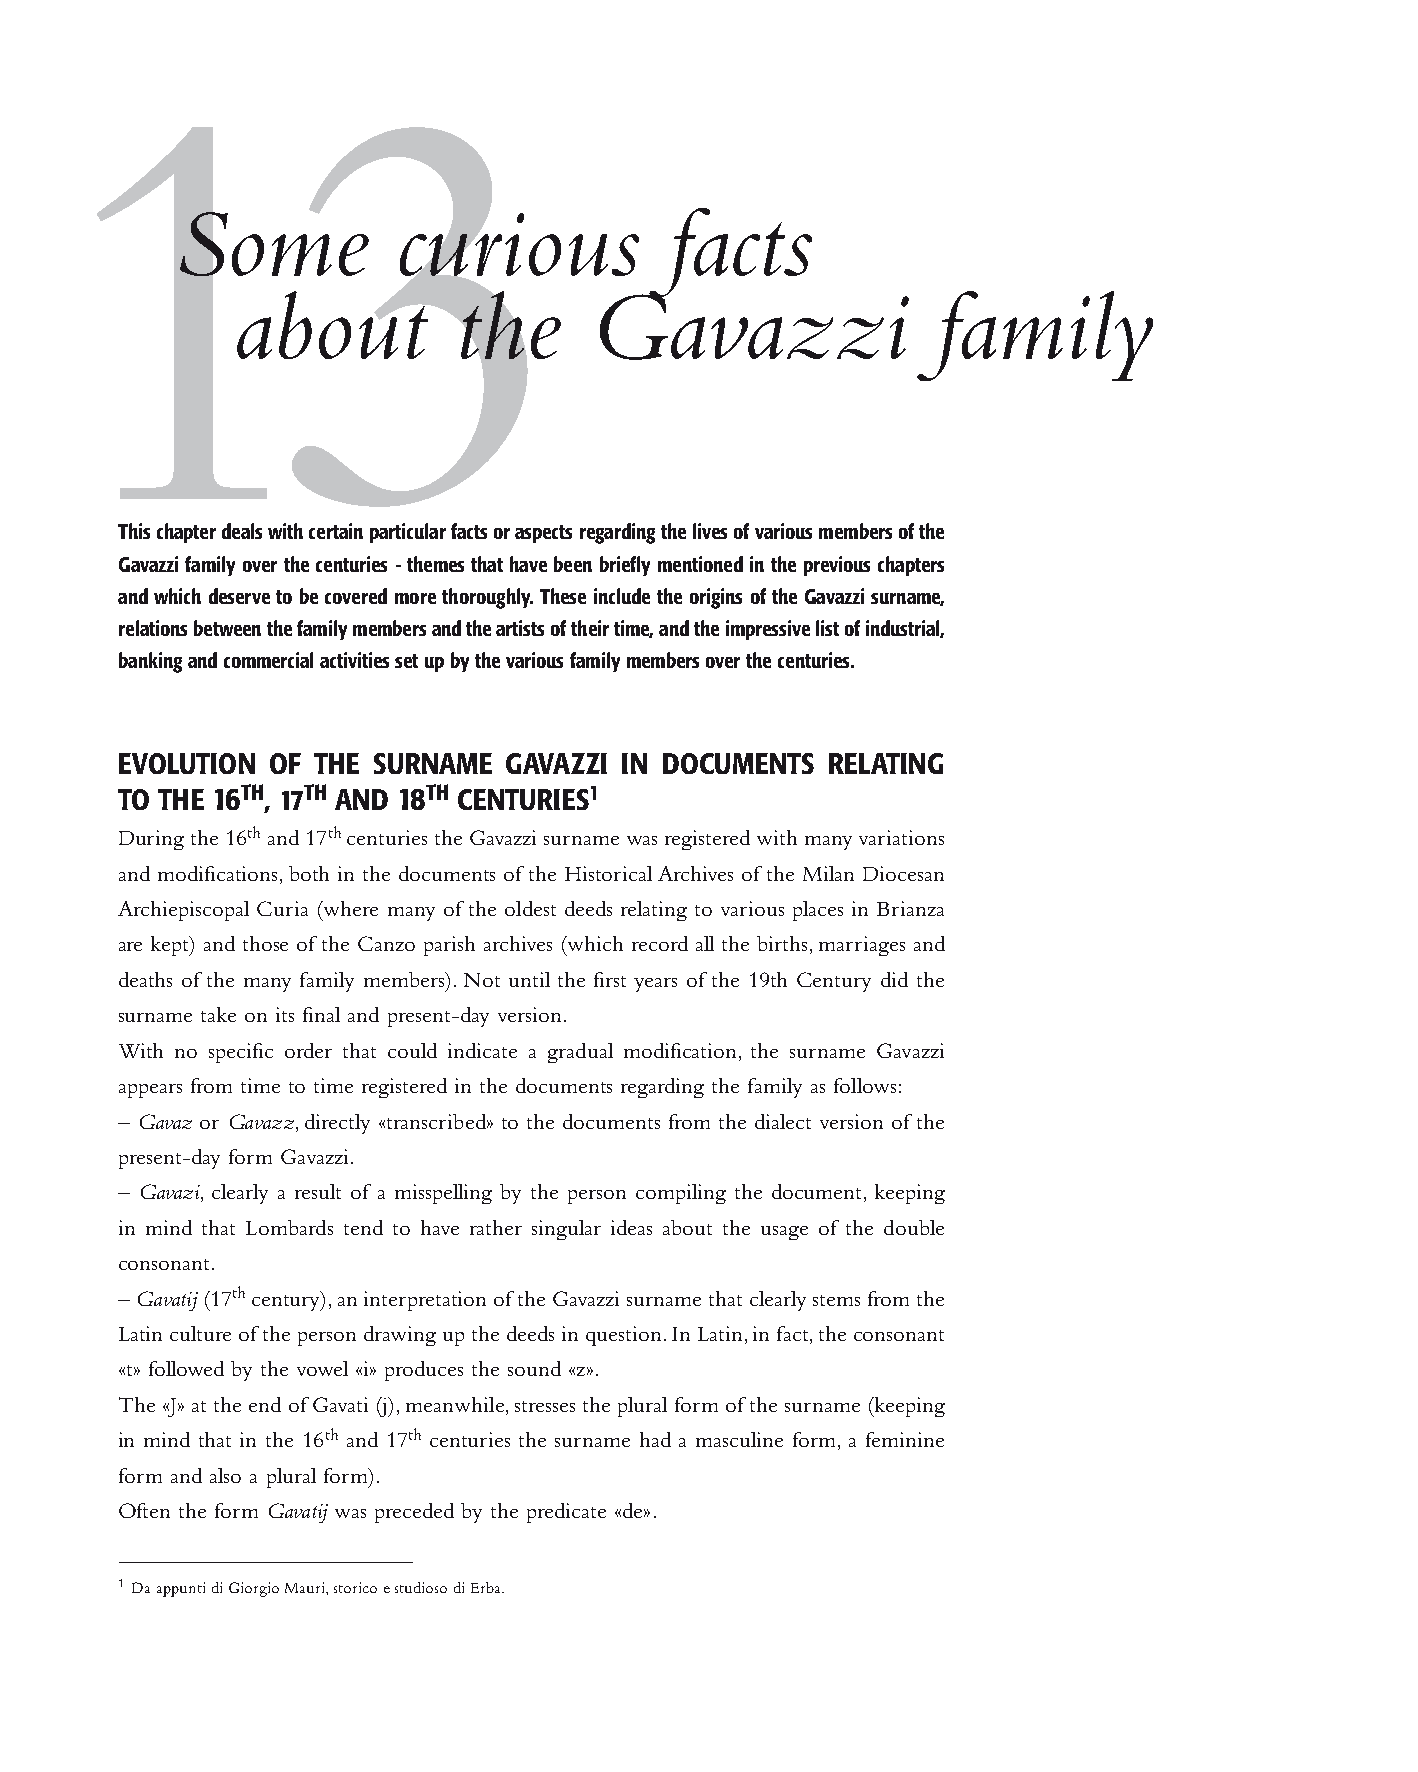
13
 Some           curious           facts
 about          the      Gavazzi                family
 This chapter deals with certain particular facts or aspects regarding the lives of various members of the
 Gavazzi family over the centuries - themes that have been briefly mentioned in the previous chapters
 and which deserve to be covered more thoroughly. These include the origins of the Gavazzi surname,
 relations between the family members and the artists of their time, and the impressive list of industrial,
 banking and commercial activities set up by the various family members over the centuries.
 EVOLUTION OF THE SURNAME GAVAZZI IN DOCUMENTS  RELATING
 TO THE 16TH, 17TH AND 18TH CENTURIES1
 During the 16th and 17th centuries the Gavazzi surname was registered with many variations
 and modifications, both in the documents of the Historical Archives of the Milan Diocesan
 Archiepiscopal Curia (where many of the oldest deeds relating to various places in Brianza
 are kept) and those of the Canzo parish archives (which record all the births, marriages and
 deaths of the many family members). Not until the first years of the 19th Century did the
 surname take on its final and present-day version.
 With no specific order that could indicate a gradual modification, the surname Gavazzi
 appears from time to time registered in the documents regarding the family as follows:
 – Gavaz or Gavazz, directly «transcribed» to the documents from the dialect version of the
 present-day form Gavazzi.
 – Gavazi, clearly a result of a misspelling by the person compiling the document, keeping
 in mind that Lombards tend to have rather singular ideas about the usage of the double
 consonant.
 – Gavatij (17th century), an interpretation of the Gavazzi surname that clearly stems from the
 Latin culture of the person drawing up the deeds in question. In Latin, in fact, the consonant
 «t» followed by the vowel «i» produces the sound «z».
 The «J» at the end of Gavati (j), meanwhile, stresses the plural form of the surname (keeping
 in mind that in the 16th and 17th centuries the surname had a masculine form, a feminine
 form and also a plural form).
 Often the form Gavatij was preceded by the predicate «de».
 1 Da appunti di Giorgio Mauri, storico e studioso di Erba.